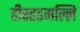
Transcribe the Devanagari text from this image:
हीरहडगल्लि